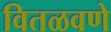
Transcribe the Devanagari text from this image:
वितळवणे